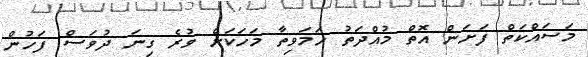
މަސައްކަތް ފަށަން އޮތް މުއްދަތު ހަމަވިތާ މަހަކަށް ވުރެ ގިނަ ދުވަސް ފަހުން